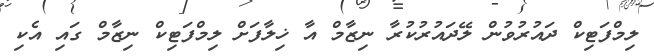
ލިމްފަޓިކް ދައުރުވުން ލޭދައުރުކުރާ ނިޒާމް އާ ޚިލާފަށް ލިމްފަޓިކް ނިޒާމް ގައި އެކި